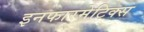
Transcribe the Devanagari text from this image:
इनफारमेटिक्स